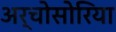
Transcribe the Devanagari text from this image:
अर्चोसोरिया